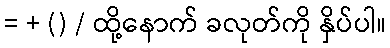
= + () / ထို့နောက် ခလုတ်ကို နှိပ်ပါ။